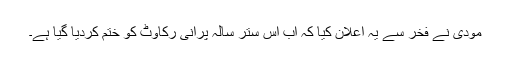
مودی نے فخر سے یہ اعلان کیا کہ اب اس ستر سالہ پرانی رکاوٹ کو ختم کردیا گیا ہے۔